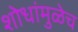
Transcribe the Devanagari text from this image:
शोधांमुळेच